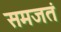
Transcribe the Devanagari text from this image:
समजतं